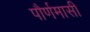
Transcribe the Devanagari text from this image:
पौर्णमासी